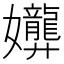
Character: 𫲟